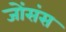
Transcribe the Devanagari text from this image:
जोंसंस